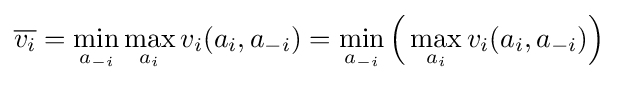
{\overline {v_{i}}}=\min _{a_{-i}}\max _{a_{i}}{v_{i}(a_{i},a_{-i})}=\min _{a_{-i}}{\Big (}\max _{a_{i}}{v_{i}(a_{i},a_{-i})}{\Big )}